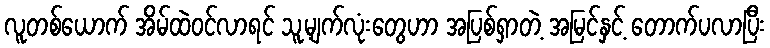
လူတစ်ယောက် အိမ်ထဲဝင်လာရင် သူ့မျက်လုံးတွေဟာ အပြစ်ရှာတဲ့ အမြင်နှင့် တောက်ပလာပြီး